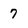
Character: 7